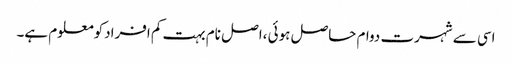
اسی سے شہرت دوام حاصل ہوئی ،اصل نام بہت کم افرادکومعلوم ہے۔